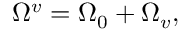
\begin{array} { r } { \Omega ^ { v } = \Omega _ { 0 } + \Omega _ { v } , } \end{array}